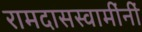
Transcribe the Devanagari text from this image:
रामदासस्वामींनीं